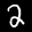
Label: 2